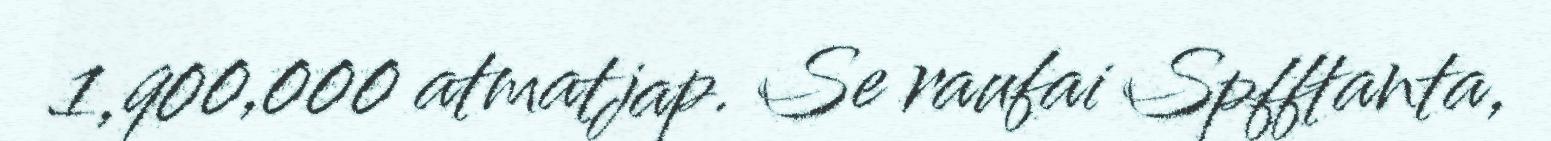
1,900,000 atmatjap. Se raufai Spfftanta,